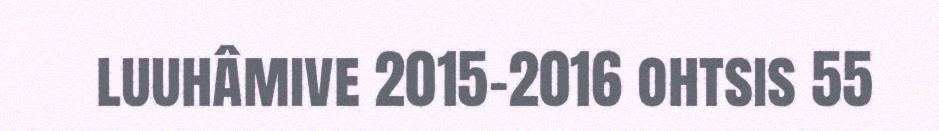
luuhâmive 2015-2016 ohtsis 55